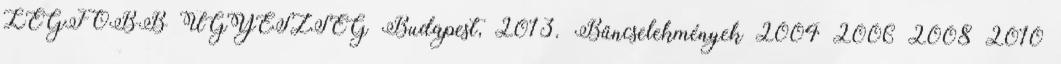
LEGFŐBB ÜGYÉSZSÉG Budapest, 2013. Bűncselekmények 2004 2006 2008 2010